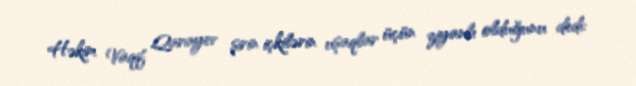
Həkim Vaqif Qarayev şirin içkilərin uşaqlar üçün ziyanlı olduğunu dedi: